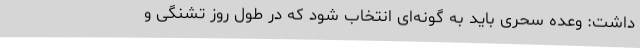
داشت: وعده سحری باید به گونه‌ای انتخاب شود که در طول روز تشنگی و